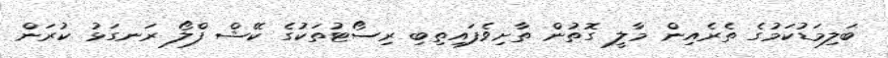
ބަލިމަޑުކަމުގެ ތެރެއިން މާލީ ގޮތުން ތާށިވެފައިތިބި ރިސޯޓުތަކުގެ ކޭޝް ފްލޯ ރަނގަޅު ކުރަން